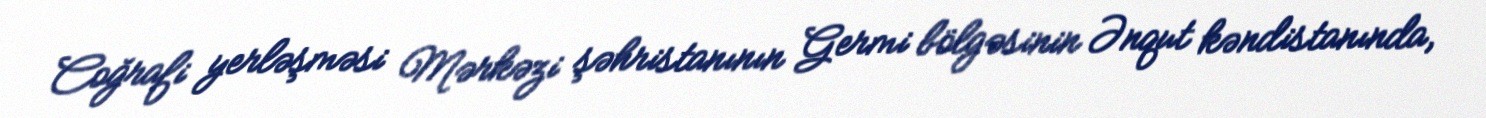
Coğrafi yerləşməsi Mərkəzi şəhristanının Germi bölgəsinin Ənqut kəndistanında,